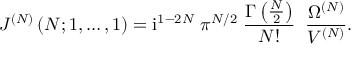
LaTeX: J ^ { ( N ) } \left( N ; 1 , \ldots , 1 \right) = \mathrm { i } ^ { 1 - 2 N } \; \pi ^ { N / 2 } \; \frac { \Gamma \left( { \textstyle { \frac { N } { 2 } } } \right) } { N ! } \; \; \frac { \Omega ^ { ( N ) } } { V ^ { ( N ) } } .